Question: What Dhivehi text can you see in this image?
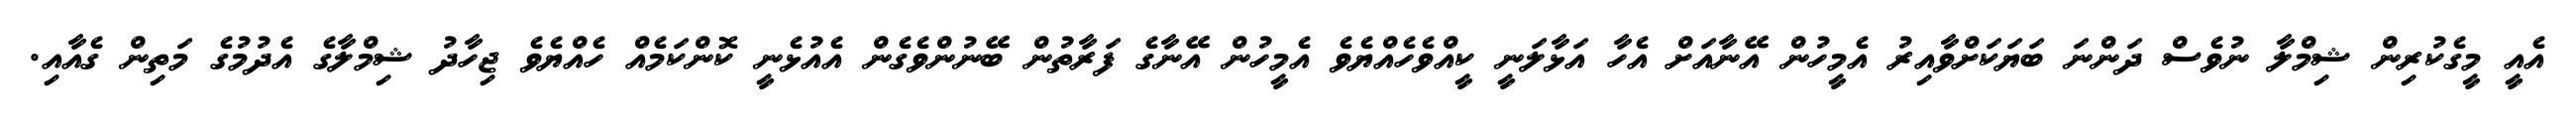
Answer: އެއީ މީގެކުރިން ޝިމްލާ ނުވެސް ދަންނަ ބަޔަކަށްވާއިރު އެމީހުން އޭނާއަށް އެހާ އަޅާލަނީ ކީއްވެހެއްޔެވެ އެމީހުން އޭނާގެ ފަރާތުން ބޭނުންވެގެން އެއުޅެނީ ކޮންކަމެއް ހެއްޔެވެ ޖިހާދު ޝިމްލާގެ އެދުމުގެ މަތިން ގެއާއި.